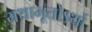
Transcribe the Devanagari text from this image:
यथाभूतोऽर्थो